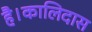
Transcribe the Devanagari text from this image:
है।कालिदास